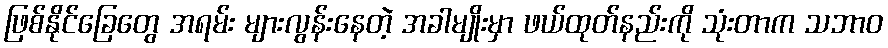
ဖြစ်နိုင်ခြေတွေ အရမ်း များလွန်းနေတဲ့ အခါမျိုးမှာ ဖယ်ထုတ်နည်းကို သုံးတာက သဘာဝ